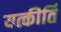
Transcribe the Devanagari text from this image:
यत्कीर्ति